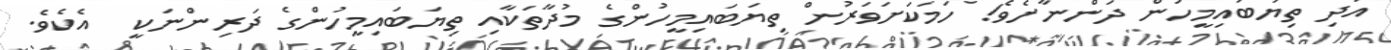
އަދި ތިޔަބައިމީހުން ދަންނާށެވެ! ހަމަކަށަވަރުން ތިޔަބައިމީހުންގެ މުދާތަކާއި ތިޔަބައިމީހުންގެ ދަރިންނަކީ  އެކެވެ.